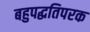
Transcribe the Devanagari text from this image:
बहुपद्धतिपरक